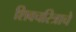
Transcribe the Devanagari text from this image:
शिवचरित्राचे